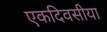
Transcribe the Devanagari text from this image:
एकदिवसीया